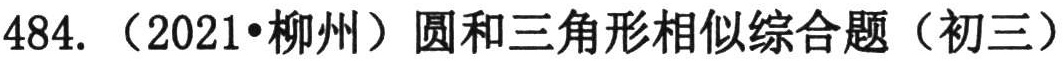
484.（2021•柳州）圆和三角形相似综合题（初三）